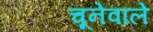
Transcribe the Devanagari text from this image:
चूनेवाले